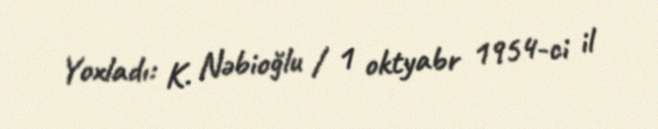
Yoxladı: K. Nəbioğlu / 1 oktyabr 1954-ci il